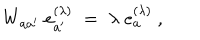
LaTeX: W _ { a a ^ { \prime } } \; e _ { a ^ { \prime } } ^ { ( \lambda ) } \; = \; \lambda \; e _ { a } ^ { ( \lambda ) } \ ,